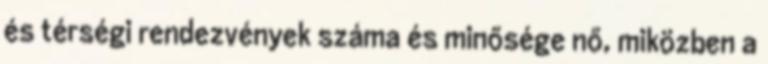
és térségi rendezvények száma és minősége nő, miközben a